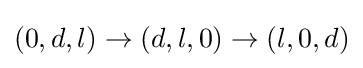
(0,d,l)\rightarrow (d,l,0)\rightarrow (l,0,d)